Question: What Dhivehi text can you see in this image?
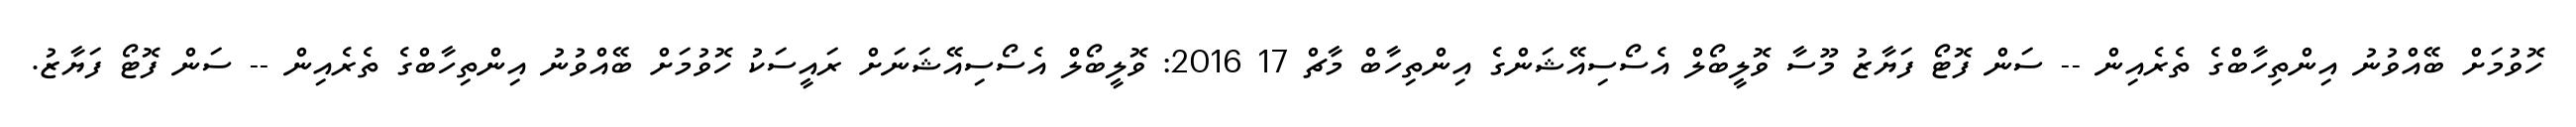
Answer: ހޮވުމަށް ބޭއްވުނު އިންތިހާބްގެ ތެރެއިން -- ސަން ފޮޓޯ ފަޔާޒު މޫސާ ވޮލީބޯލް އެސޯސިއޭޝަންގެ އިންތިހާބް މާޗް 17 2016: ވޮލީބޯލް އެސޯސިއޭޝަނަށް ރައީސަކު ހޮވުމަށް ބޭއްވުނު އިންތިހާބްގެ ތެރެއިން -- ސަން ފޮޓޯ ފަޔާޒު.